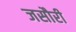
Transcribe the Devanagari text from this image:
जसौरी